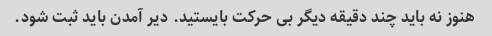
هنوز نه باید چند دقیقه دیگر بی حرکت بایستید. دیر آمدن باید ثبت شود.